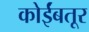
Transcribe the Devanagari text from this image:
कोर्इंबतूर